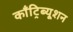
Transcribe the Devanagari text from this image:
काँट्रिब्यूशन